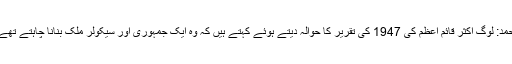
احمد: لوگ اکثر قائم اعظم کی 1947 کی تقریر کا حوالہ دیتے ہوئے کہتے ہیں کہ وہ ایک جمہوری اور سیکولر ملک بنانا چاہتے تھے۔